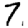
Digit: 7